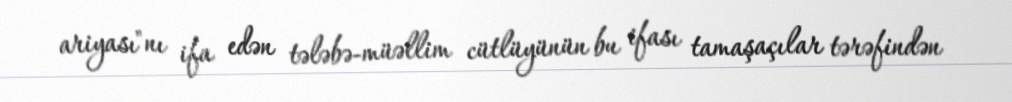
ariyası"nı ifa edən tələbə-müəllim cütlüyünün bu ifası tamaşaçılar tərəfindən